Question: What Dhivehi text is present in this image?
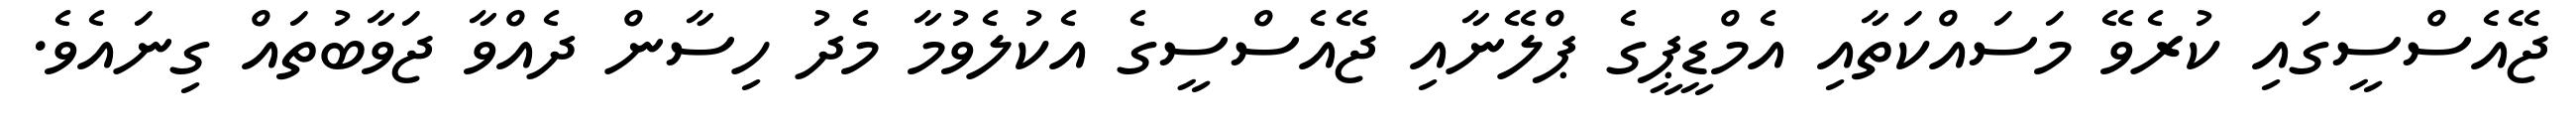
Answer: ޖޭއެސްސީގައި ކުރެވޭ މަސައްކަތާއި އެމްޑީޕީގެ ޕްލޭނާއި ޖޭއެސްސީގެ އެކުލެވުމާ މެދު ހިސާން ދެއްވާ ޖަވާބުތައް ގިނައެވެ.